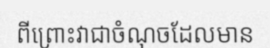
ពីព្រោះវាជាចំណុចដែលមាន